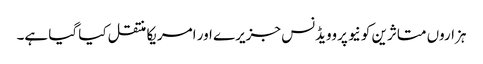
ہزاروں متاثرین کو نیو پروویڈنس جزیرے اور امریکا منتقل کیا گیا ہے۔